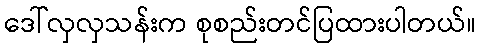
ဒေါ်လှလှသန်းက စုစည်းတင်ပြထားပါတယ်။